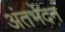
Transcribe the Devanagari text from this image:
अंतर्भेदन